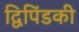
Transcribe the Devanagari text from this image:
द्विपिंडकी